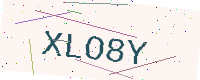
Text: XLO8Y